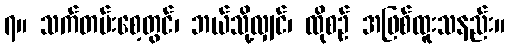
၇။ သက်တမ်းစေ့တွင်၊ ဘယ်သို့လျှင်၊ ထိုစဉ် အဖြစ်ထူးသနည်း။